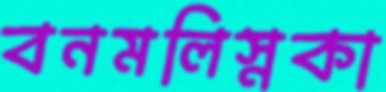
বনমলিস্নকা